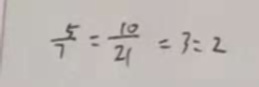
\frac { 5 } { 7 } : \frac { 1 0 } { 2 1 } = 3 : 2